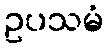
ဥပသမံ